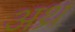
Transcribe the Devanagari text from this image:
अथ्र